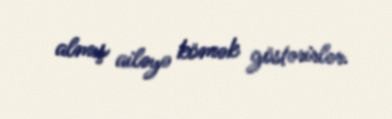
almış ailəyə kömək göstərirlər.